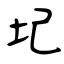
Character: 圮